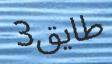
طايق3